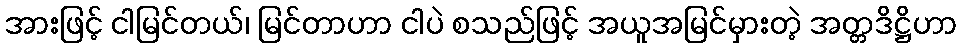
အားဖြင့် ငါမြင်တယ်၊ မြင်တာဟာ ငါပဲ စသည်ဖြင့် အယူအမြင်မှားတဲ့ အတ္တဒိဋ္ဌိဟာ